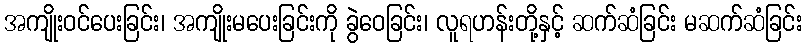
အကျိုးဝင်ပေးခြင်း၊ အကျိုးမပေးခြင်းကို ခွဲဝေခြင်း၊ လူရဟန်းတို့နှင့် ဆက်ဆံခြင်း မဆက်ဆံခြင်း